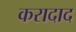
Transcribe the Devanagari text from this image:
करादाद